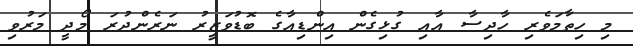
މި ހިތާމަވެރި ހާދިސާ އާއި ގުޅިގެން އިންޑިއާގެ ބޮޑުވަޒީރު ނަރެންދުރަ މޯދީ މަރުވި